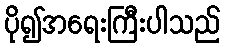
ပို၍အရေးကြီးပါသည်